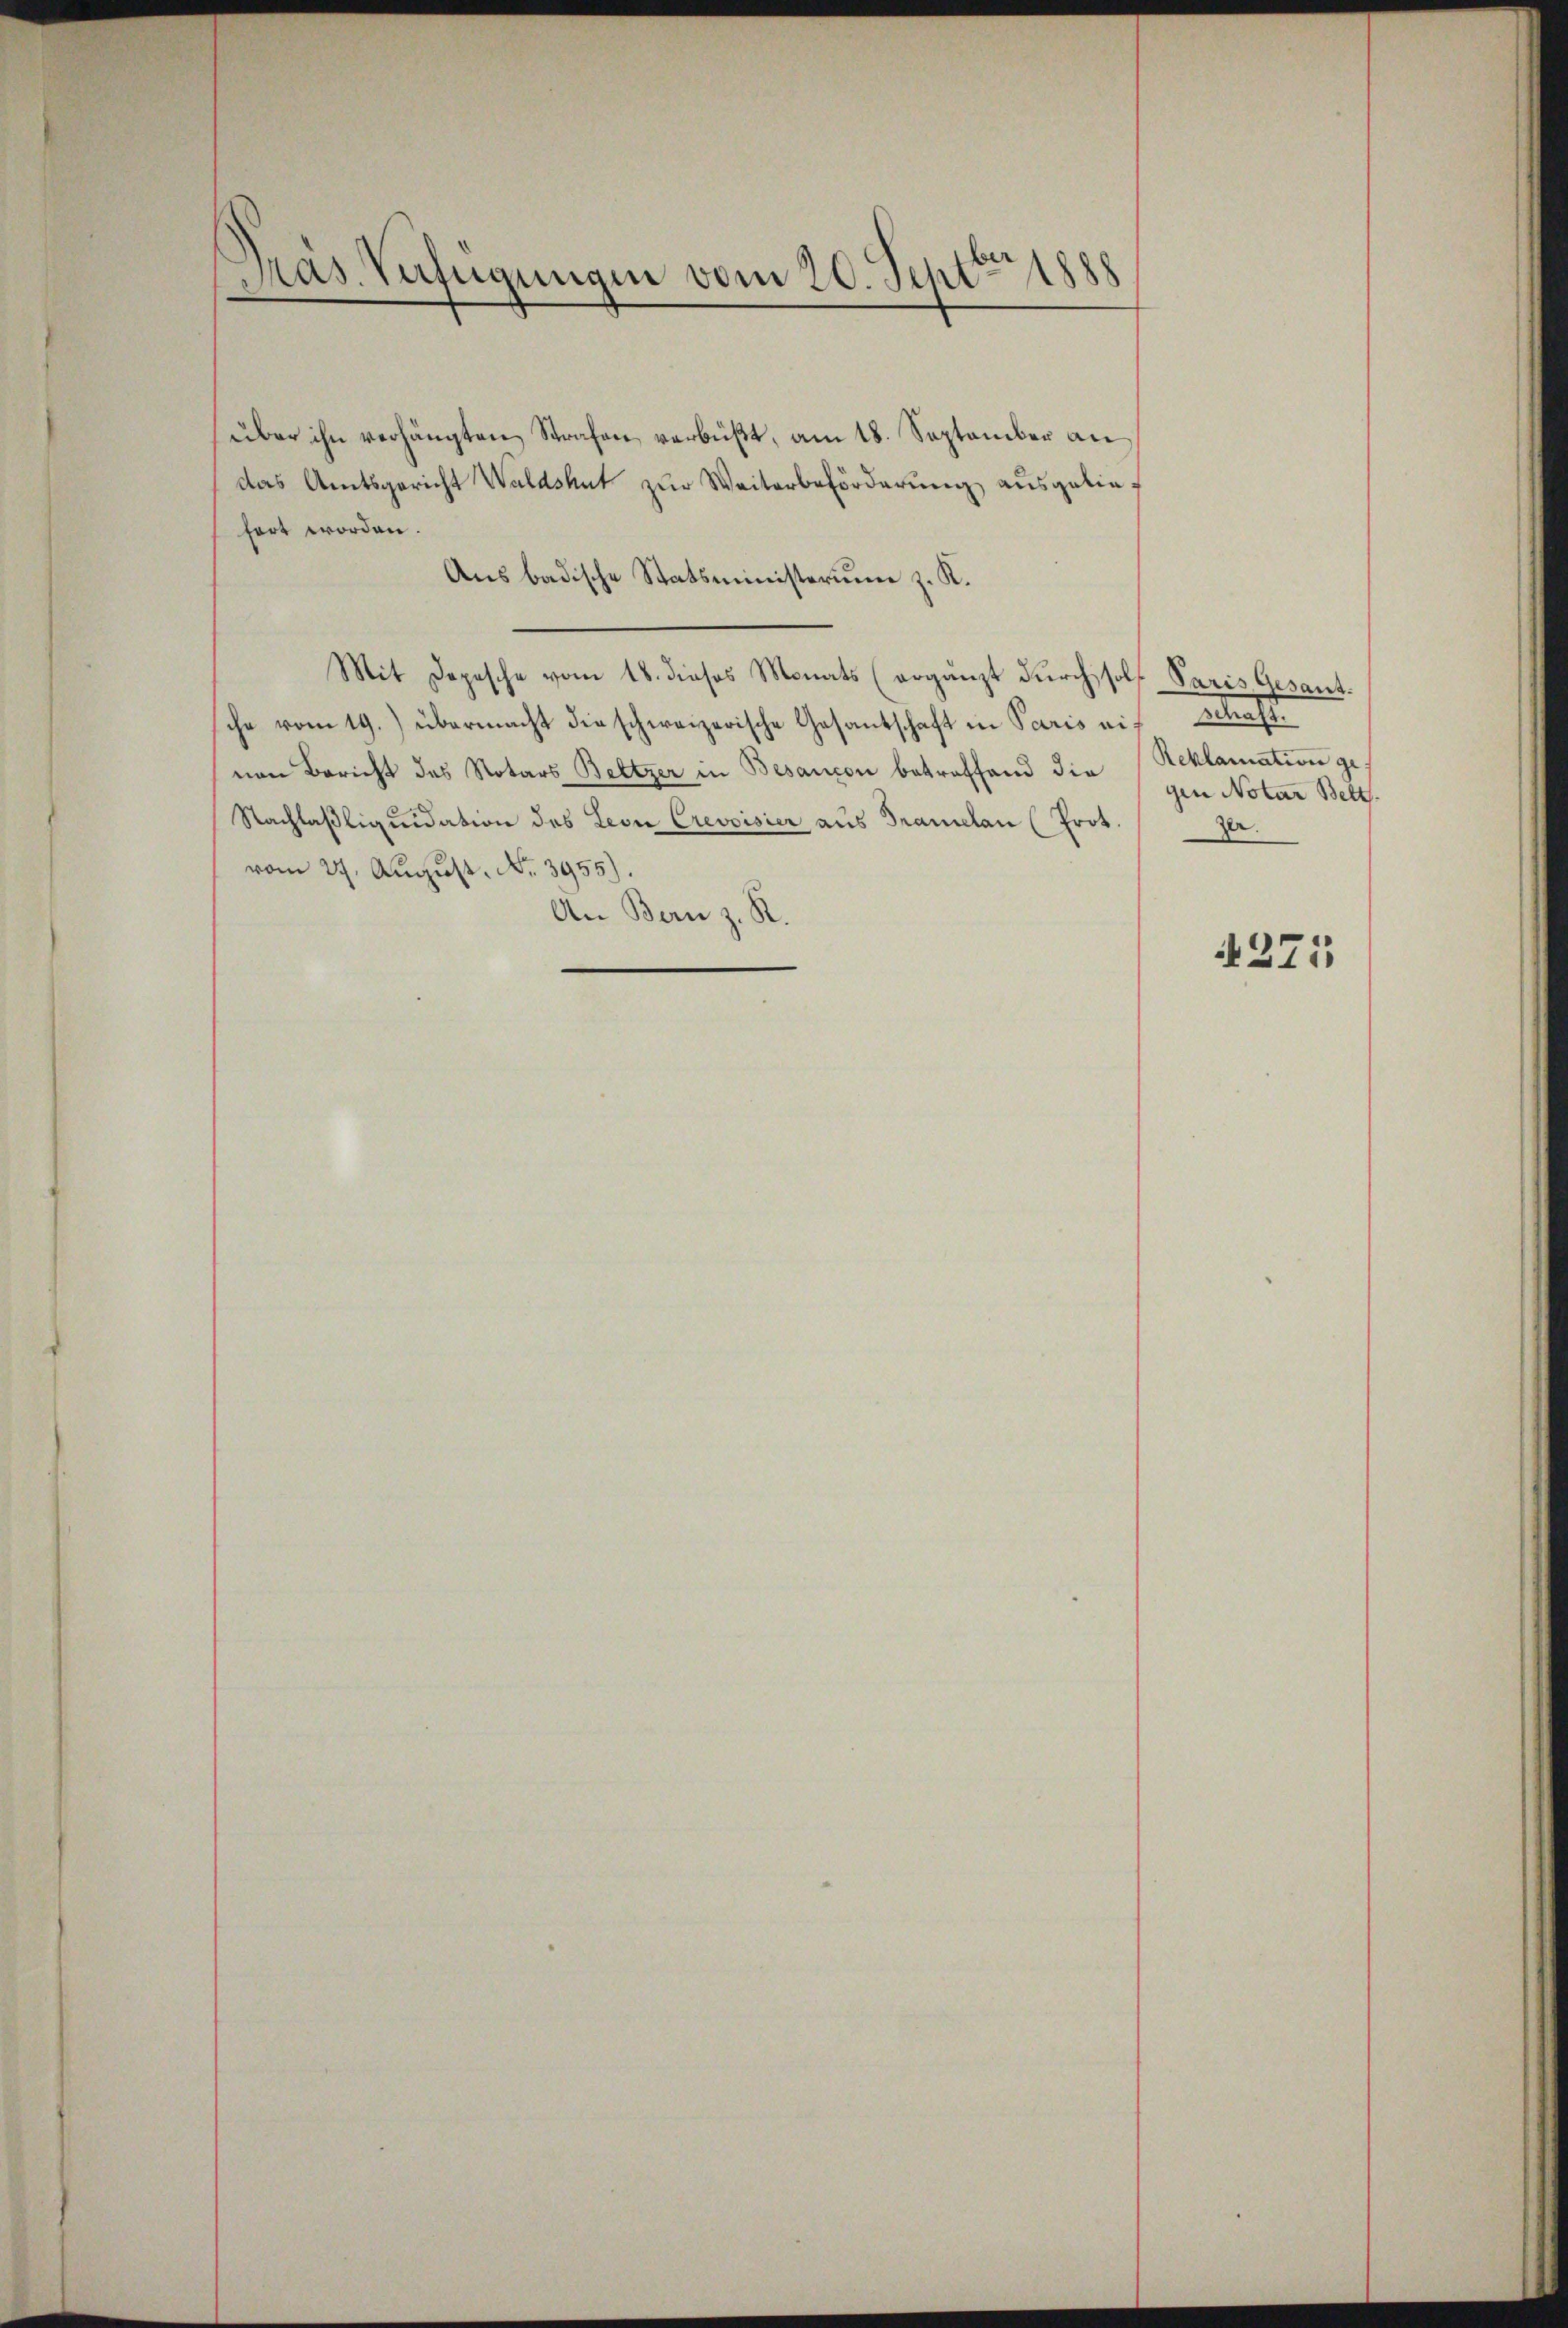
Präs. Verfügungen vom 20. Sept 1888

über ihn verhängten Strafen verbüßt, am 18. September an
das Amtsgericht Waldshut zur Weiterbeförderung ausgeliefort worden.
Aus badische Statsministerium z. K.
Mit Depesche vom 18. dieses Monats (ergänzt durch soll Paris Gesant.
sche vom 19.) übermacht die schweizerische Gesantschaft in Paris auf Schaft.
ven Bericht des Notars Beltzer in Besançon betreffend die Reklamation ge¬
Nachlaßliquidation des Leon Crevoisier aus Tramelan (Prot. Zer.
vom 24. August. No. 3955).
An Bern z. R.

gen Notar Bett.

1271